Annual vaccination report of Bihar and Orissa - 1911-1928
Year: 1911
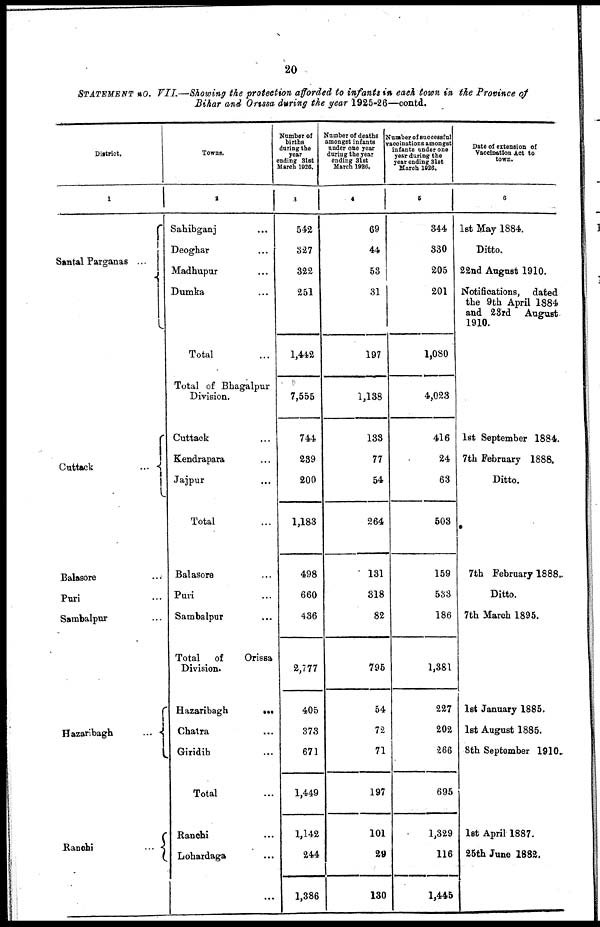
20
STATEMENT No. VII.—Showing the protection afforded to infants in each town in the Province of
Bihar and Orissa during the year 1925-26—contd.
District.
1
Santal Parganas ... ...
Cuttack
...
Balasore...
Puri... ...
Sambalpur... ...
Hazaribagh
...
Ranchi...
Towns.
2
Sahibganj... ...
Deoghar... ...
Madhupur... ...
Dumka... ...
Total...
Total of Bhagalpur
Division.
Cuttack ... ...
Kendrapara... ...
Jajpur... ...
Total...
Balasore...
Puri... ...
Sambalpur... ...
Total of
Orissa
Division.
Hazaribagh ... ...
Chatra... ...
Giridih... ...
Total...
Ranchi... ...
Lohardaga... ...
...
Number of
births
during the
year
ending 31st
March 1926.
3
542
327
322
251
1,442
7,555
744
239
200
1,183
498
660
436
2,777
405
373
671
1,449
1,142
244
1,386
Number of deaths
amongst infants
under one year
daring the year
ending 31st
March 1986.
4
69
44
53
31
197
1,138
133
77
54
264
131
818
82
795
54
72
71
197
101
20
130
Number of successful
vaccinations amongst
infants under one
year during the
year ending 31st
March 1926.
5
344
330
205
201
1,080
4,023
416
24
63
503
159
533
186
1,381
227
202
266
695
1,329
116
1,445
Date of extension of
Vaccination Act to
town.
6
1st May 1884.
Ditto.
22nd August 1910.
Notifications, dated
the 9th April 1884
and 23rd August
1910.
1st September 1884.
7th February 1888.
Ditto.
7th February 1888.
Ditto.
7th March 1895.
1st January 1885.
1st August 1885.
8th September 1910.
1st April 1887.
25th June 1882.